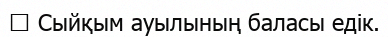
─ Сыйқым ауылының баласы едік.